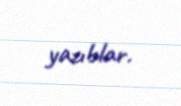
yazıblar.